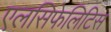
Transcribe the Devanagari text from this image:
एलसिफेलिटिस